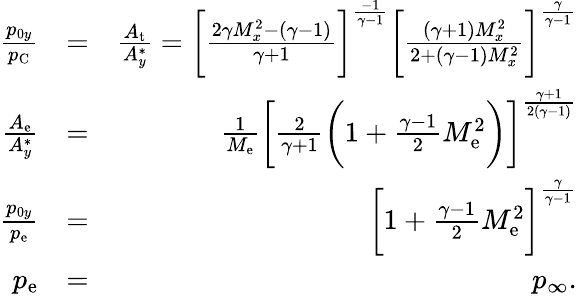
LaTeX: \begin{array}{rlr}{\frac{p_{0y}}{p_{\mathrm{C}}}}&{=}&{\frac{A_{\mathrm{t}}}{A_{y}^{*}}=\bigg[\frac{2\gamma M_{x}^{2}-(\gamma-1)}{\gamma+1}\bigg]^{\frac{-1}{\gamma-1}}\bigg[\frac{(\gamma+1)M_{x}^{2}}{2+(\gamma-1)M_{x}^{2}}\bigg]^{\frac{\gamma}{\gamma-1}}}\\ {\frac{A_{\mathrm{e}}}{A_{y}^{*}}}&{=}&{\frac{1}{M_{\mathrm{e}}}\bigg[\frac{2}{\gamma+1}\bigg(1+\frac{\gamma-1}{2}M_{\mathrm{e}}^{2}\bigg)\bigg]^{\frac{\gamma+1}{2(\gamma-1)}}}\\ {\frac{p_{0y}}{p_{\mathrm{e}}}}&{=}&{\bigg[1+\frac{\gamma-1}{2}M_{\mathrm{e}}^{2}\bigg]^{\frac{\gamma}{\gamma-1}}}\\ {p_{\mathrm{e}}}&{=}&{p_{\infty}.}\end{array}